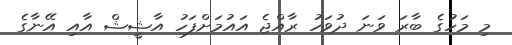
މި މަހުގެ ބާރަ ވަނަ ދުވަހު ރާއްޖެ އައުމަށްފަހު އާޝީޝް އާއި އޭނާގެ